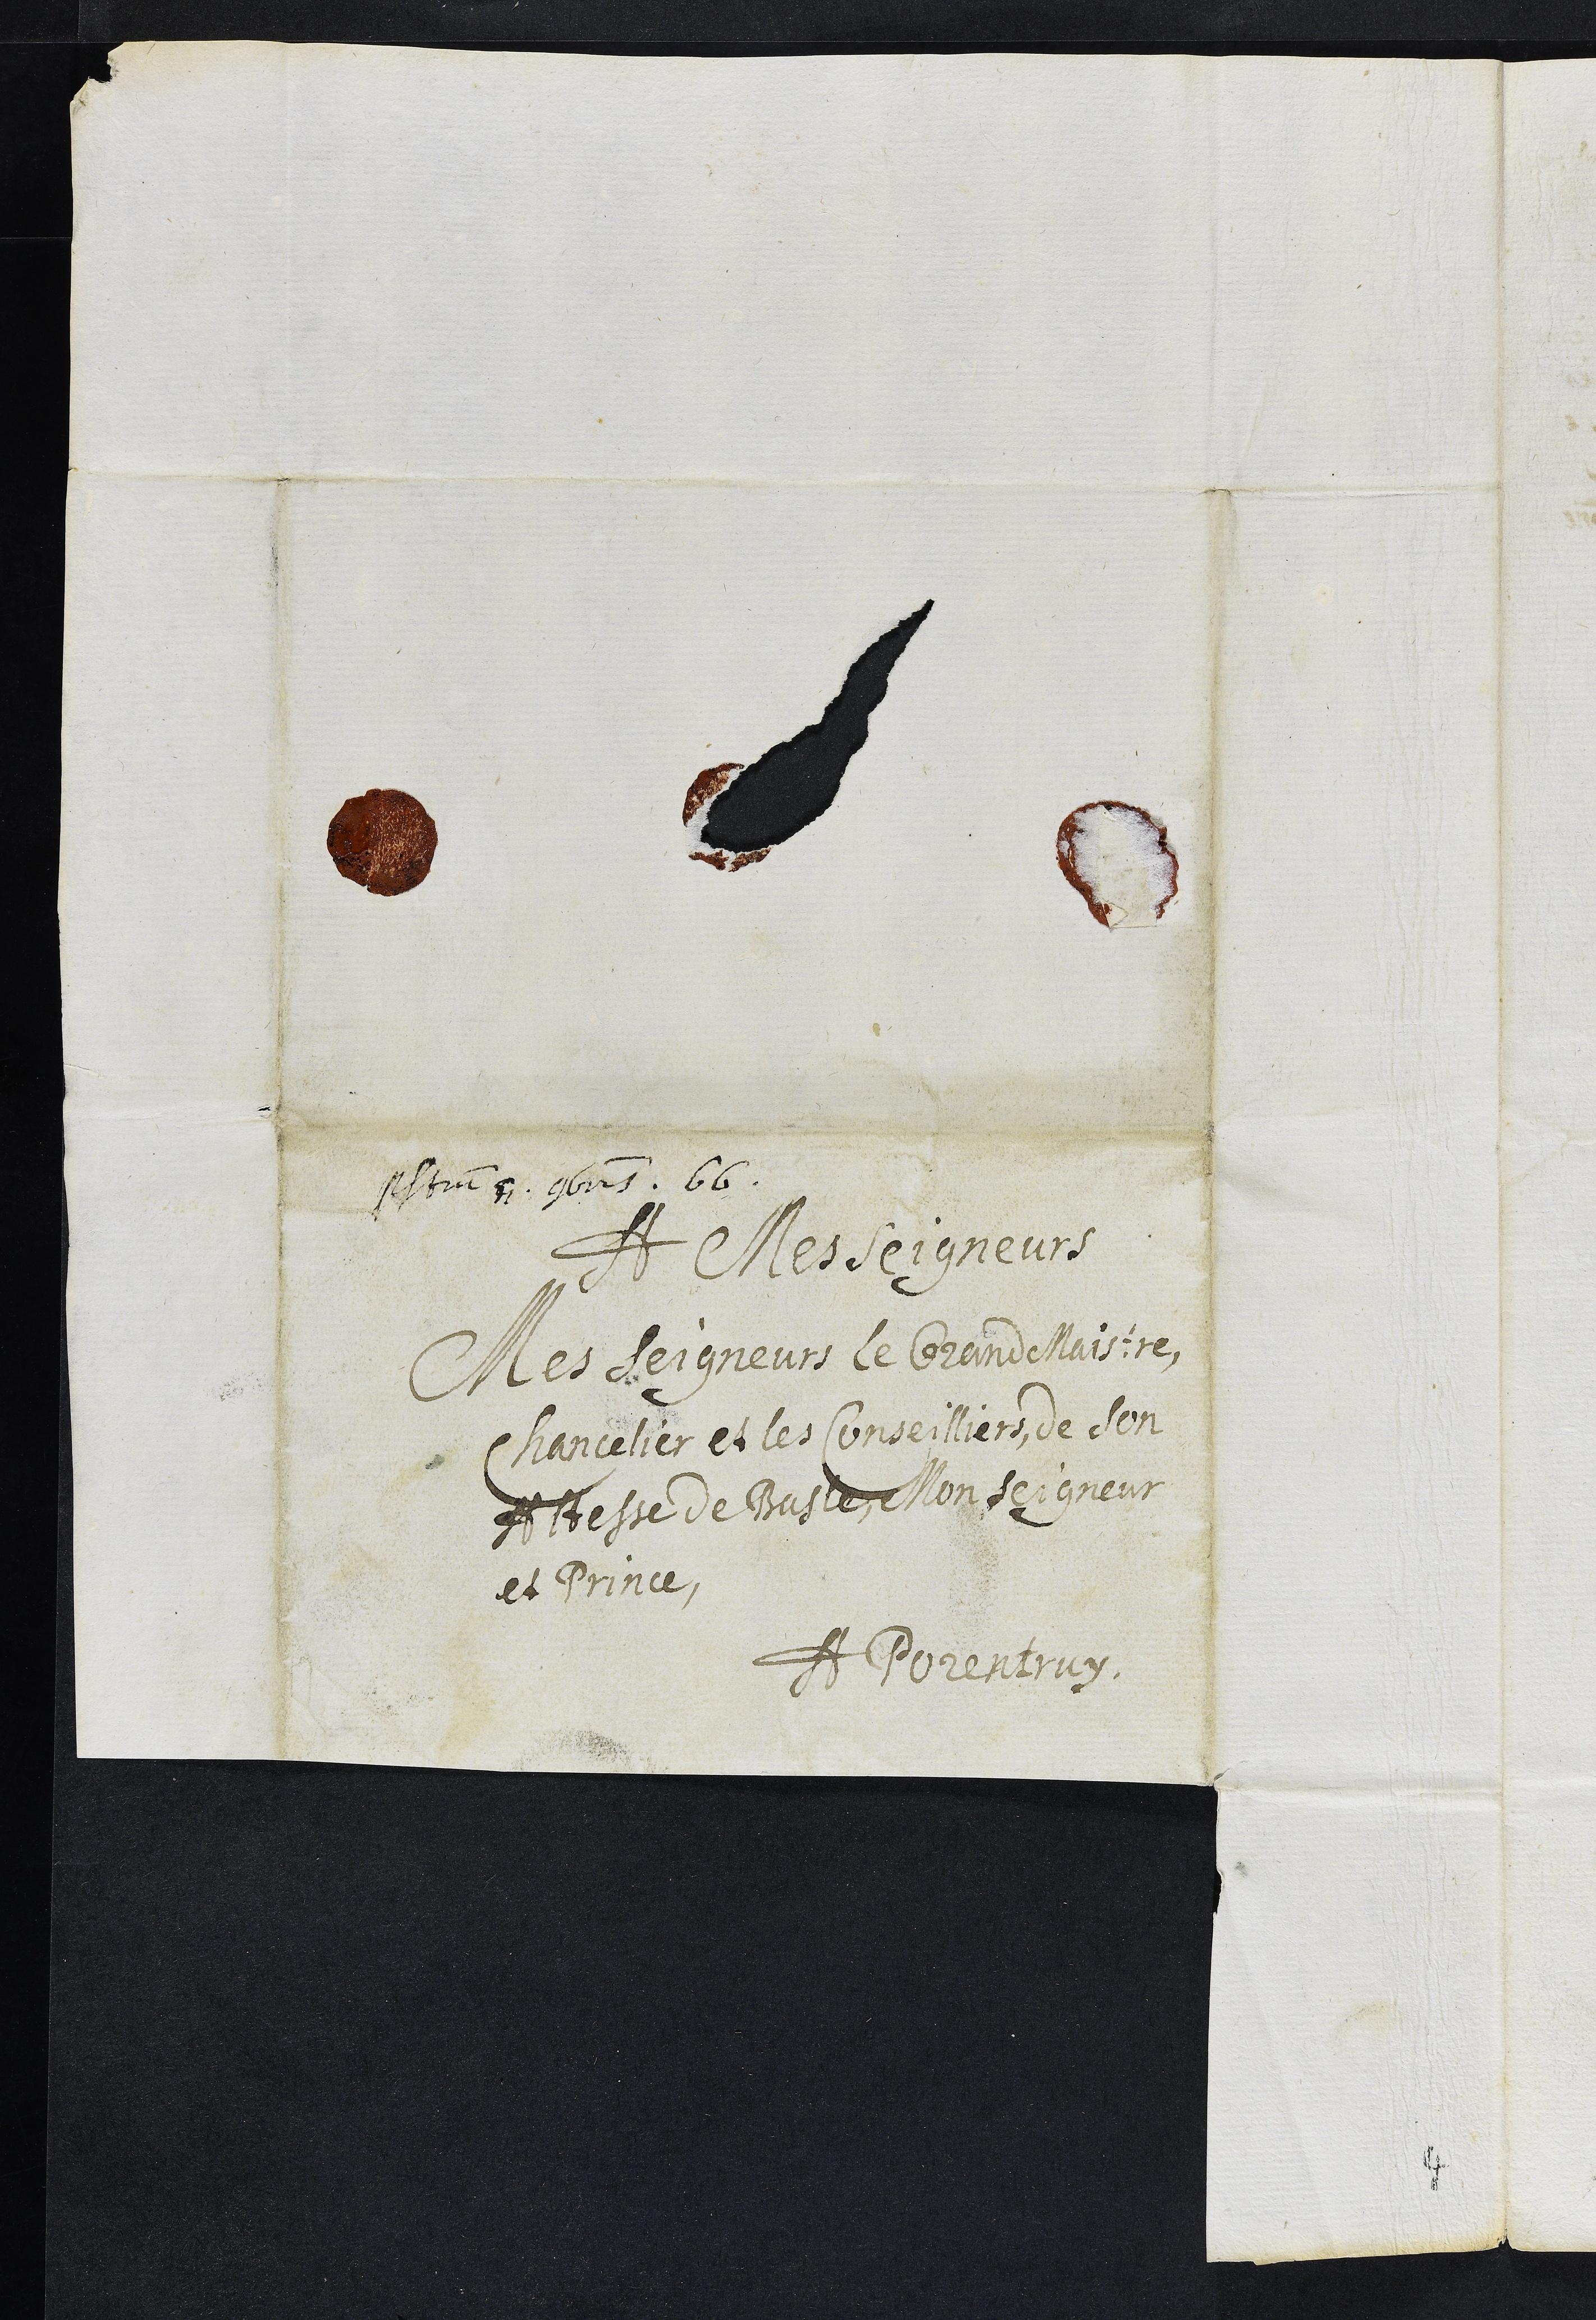
Presentatum 4. 9bris 66
A Mes seigneurs
Mes Seigneurs le Grand Maistre,
Chancelier et les Conseilliers de son
Altesse de Basle, Mon seigneur
et Prince
A Porrentruy
4